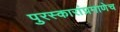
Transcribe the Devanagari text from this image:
पुरस्कारांप्रमाणेच